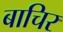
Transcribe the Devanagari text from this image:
बाचिर